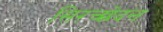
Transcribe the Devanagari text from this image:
सिरच्छेदन